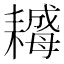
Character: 𦔣